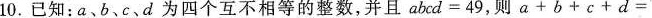
10.已知：a、b、c、d为四个互不相等的整数，并且$$abcd=49$$，则$$a+b+c+d=$$